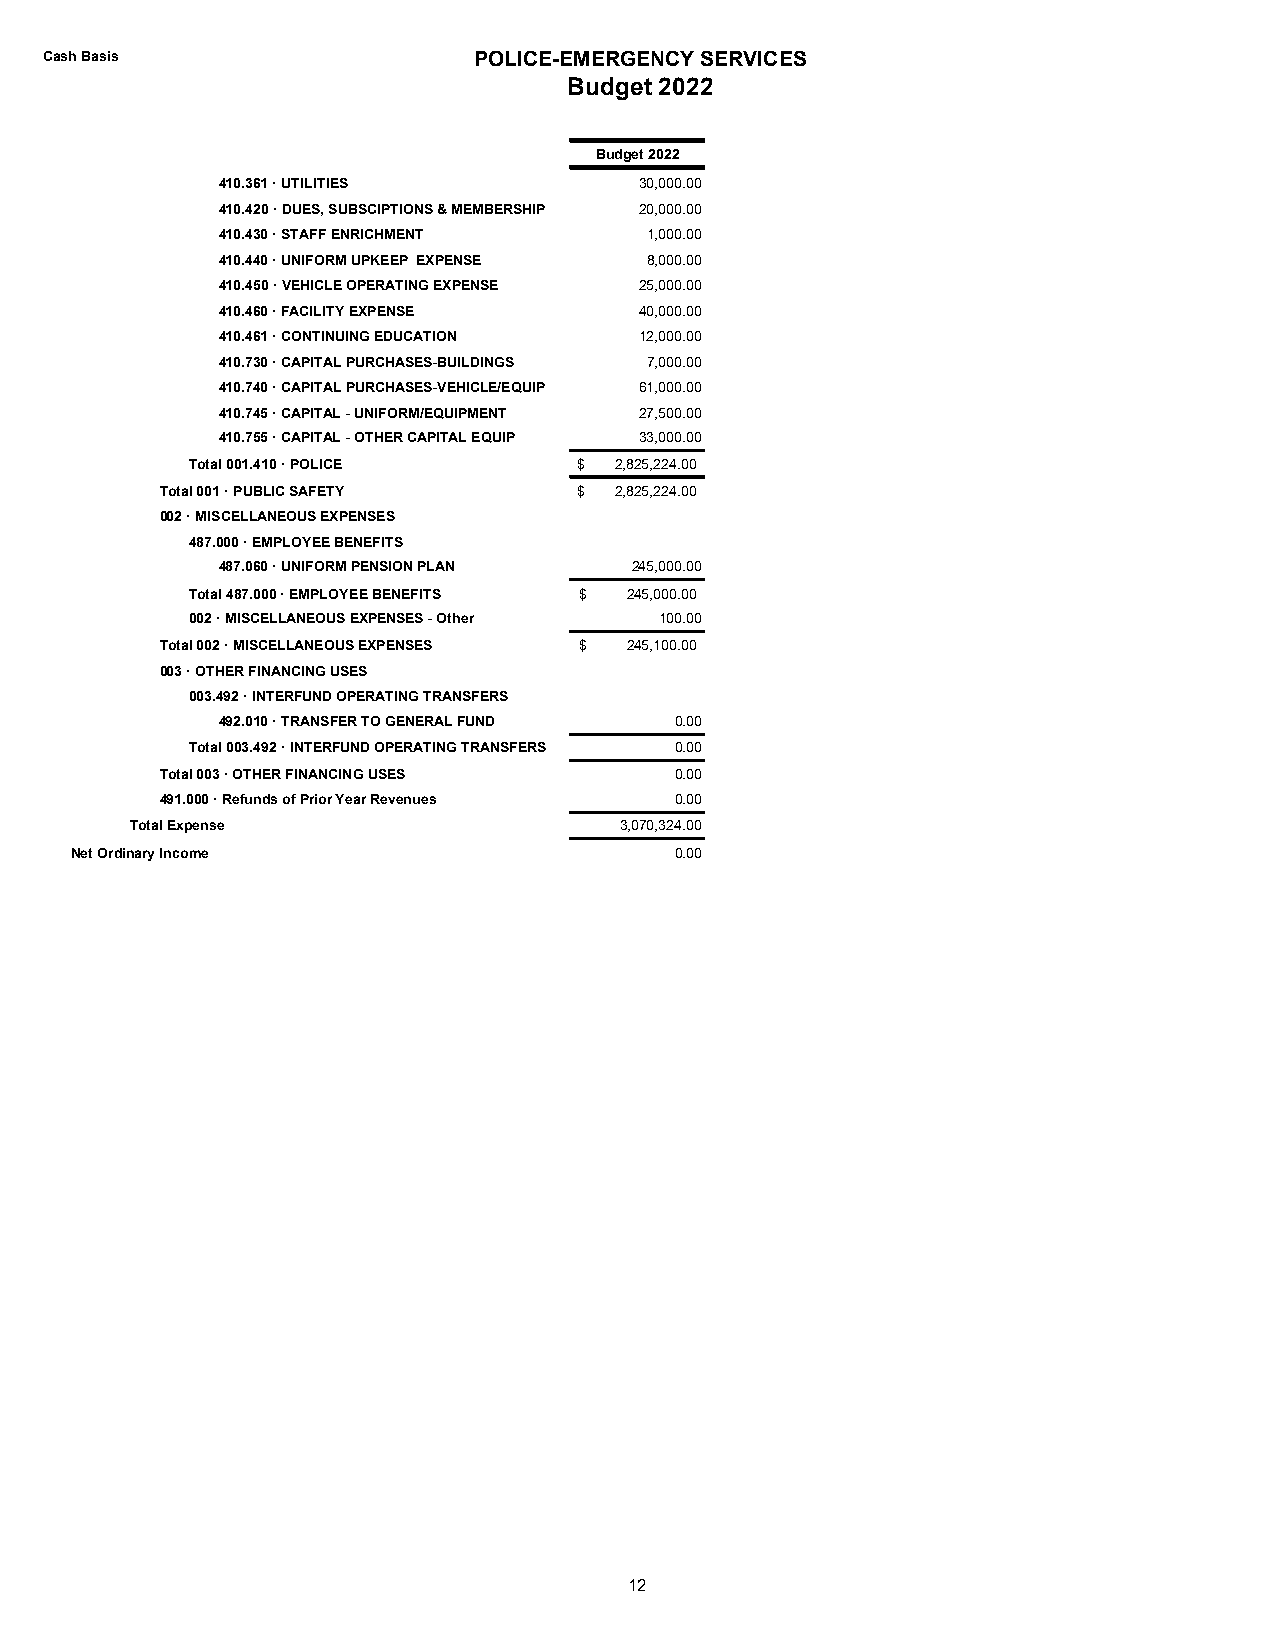
Cash Basis                  POLICE-EMERGENCY SERVICES
 Budget 2022
 Budget 2022
 410.361 · UTILITIES         30,000.00
 410.420 · DUES, SUBSCIPTIONS & MEMBERSHIP 20,000.00
 410.430 · STAFF ENRICHMENT   1,000.00
 410.440 · UNIFORM UPKEEP EXPENSE 8,000.00
 410.450 · VEHICLE OPERATING EXPENSE 25,000.00
 410.460 · FACILITY EXPENSE  40,000.00
 410.461 · CONTINUING EDUCATION 12,000.00
 410.730 · CAPITAL PURCHASES-BUILDINGS 7,000.00
 410.740 · CAPITAL PURCHASES-VEHICLE/EQUIP 61,000.00
 410.745 · CAPITAL - UNIFORM/EQUIPMENT 27,500.00
 410.755 · CAPITAL - OTHER CAPITAL EQUIP 33,000.00
 Total 001.410 · POLICE   $  2,825,224.00
 Total 001 · PUBLIC SAFETY  $  2,825,224.00
 002 · MISCELLANEOUS EXPENSES
 487.000 · EMPLOYEE BENEFITS
 487.060 · UNIFORM PENSION PLAN 245,000.00
 Total 487.000 · EMPLOYEE BENEFITS $ 245,000.00
 002 · MISCELLANEOUS EXPENSES - Other 100.00
 Total 002 · MISCELLANEOUS EXPENSES $ 245,100.00
 003 · OTHER FINANCING USES
 003.492 · INTERFUND OPERATING TRANSFERS
 492.010 · TRANSFER TO GENERAL FUND 0.00
 Total 003.492 · INTERFUND OPERATING TRANSFERS 0.00
 Total 003 · OTHER FINANCING USES  0.00
 491.000 · Refunds of Prior Year Revenues 0.00
 Total Expense                   3,070,324.00
 Net Ordinary Income                     0.00
 12